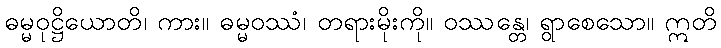
ဓမ္မဝုဋ္ဌိယောတိ၊ ကား။ ဓမ္မဝဿံ၊ တရားမိုးကို။ ဝဿန္တေ၊ ရွာစေသော။ ဣတိ